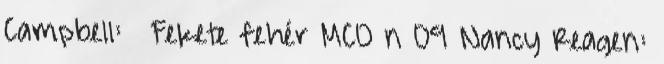
Campbell: ♀ Fekete fehér MCO n 09 Nancy Reagen: